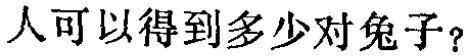
人可以得到多少对兔子？